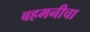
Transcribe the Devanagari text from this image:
बहमनीचा